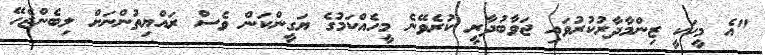
"އެ މީހަކީ ޒިންމާދާރުކުރުވައި ޖަވާބުދާރީ ކުރެވޭނެ މީހެއްކަމުގެ ޔަގީންކަން ވެސް ރައްޔިތުންނަށް ލިބެންޖެހޭ